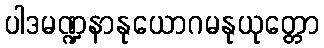
ပါဒမဏ္ဍနာနုယောဂမနုယုတ္တော